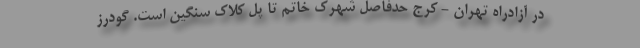
در آزادراه تهران - کرج حدفاصل شهرک خاتم تا پل کلاک سنگین است. گودرز